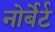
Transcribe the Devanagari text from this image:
नोर्बेर्ट